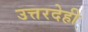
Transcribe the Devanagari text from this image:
उत्तरदेही